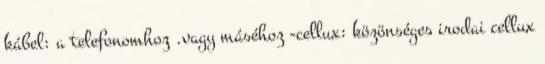
kábel: a telefonomhoz .vagy máséhoz -cellux: közönséges irodai cellux